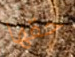
حقها